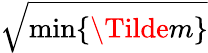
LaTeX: \sqrt{\operatorname*{min}\lbrace\Tilde{m}\rbrace}